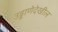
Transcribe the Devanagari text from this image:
उड्डाणेदेखील